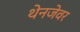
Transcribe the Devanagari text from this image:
थेनजेवर